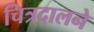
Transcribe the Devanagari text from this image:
चित्रदालने